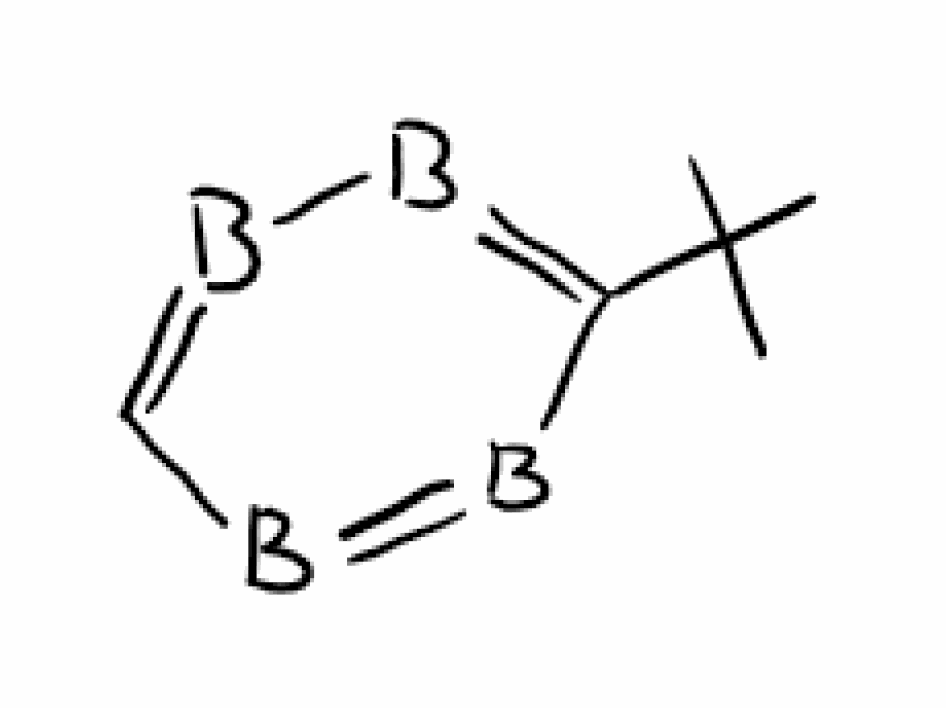
Simplified molecular-input line-entry system (SMILES) notation of the given molecule:
B1=BC(=BB=C1)C(C)(C)C